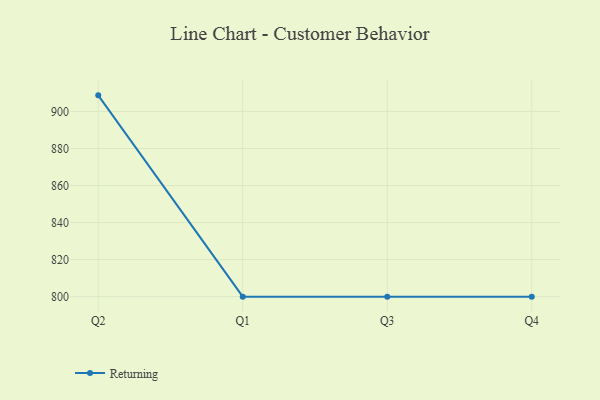
{"axis": {"x": "Quarter", "y": "Website Visitors"}, "legend": ["Returning"], "data": [{"x": "Q2", "y": 908.7, "type": "Returning"}, {"x": "Q1", "y": 800, "type": "Returning"}, {"x": "Q3", "y": 800, "type": "Returning"}, {"x": "Q4", "y": 800, "type": "Returning"}]}